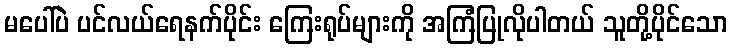
မပေါ်ပဲ ပင်လယ်ရေနက်ပိုင်း ကြေးရုပ်များကို အကြံပြုလိုပါတယ် သူတို့ပိုင်သော